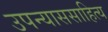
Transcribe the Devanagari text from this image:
उपन्याससाहित्य